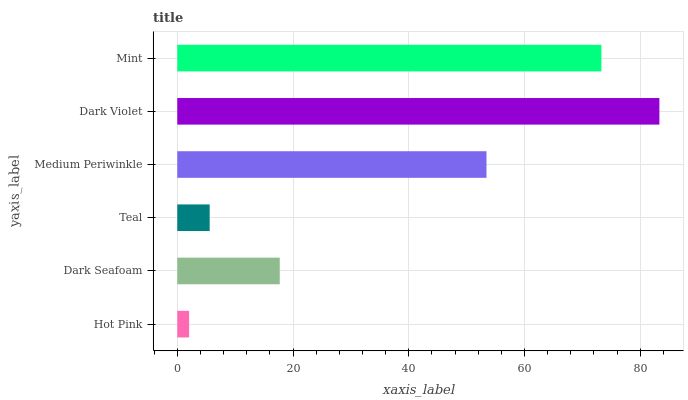
| yaxis_label | bars |
 | --- | --- |
 | Hot Pink | 2.05 |
 | Dark Seafoam | 17.7 |
 | Teal | 5.6 |
 | Medium Periwinkle | 53.4 |
 | Dark Violet | 83.3 |
 | Mint | 73.3 |